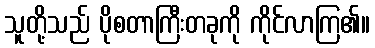
သူတို့သည် ပိုစတာကြီးတခုကို ကိုင်လာကြ၏။